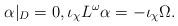
LaTeX: \begin{align*} \alpha|_D = 0, \iota_\chi L^\omega \alpha = -\iota_\chi \Omega.\end{align*}